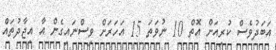
އަބަދުވެސް ކުރިއަށް އޮތް 10 ނުވަތަ 15 އަހަރަށް ވިސްނައިގެން އާ އިޖާދުތައް